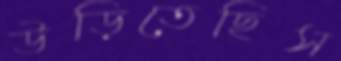
উড়িতেছিস